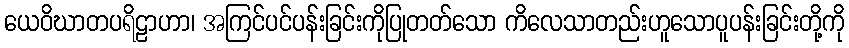
ယေဝိဃာတပရိဠာဟာ၊ အကြင်ပင်ပန်းခြင်းကိုပြုတတ်သော ကိလေသာတည်းဟူသောပူပန်းခြင်းတို့ကို